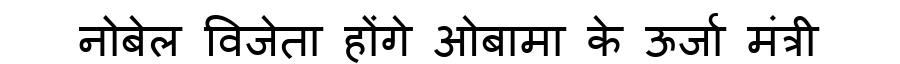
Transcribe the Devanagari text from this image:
नोबेल विजेता होंगे ओबामा के ऊर्जा मंत्री